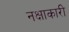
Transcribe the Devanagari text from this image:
नक्षाकारी